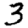
Digit: 3